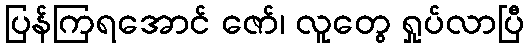
ပြန်ကြရအောင် ဇော်၊ လူတွေ ရှုပ်လာပြီ